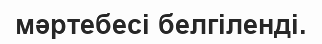
мәртебесі белгіленді.